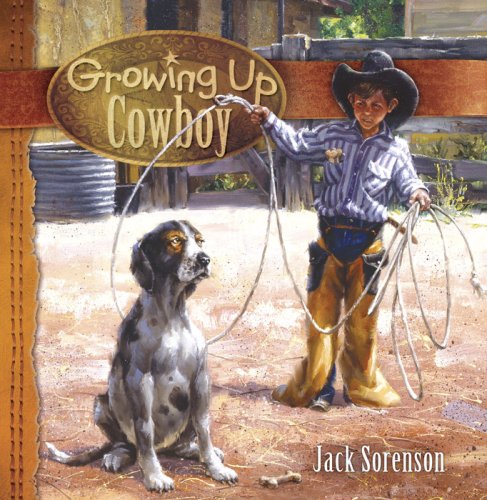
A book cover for Growing Up Cowboy; Children's Books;